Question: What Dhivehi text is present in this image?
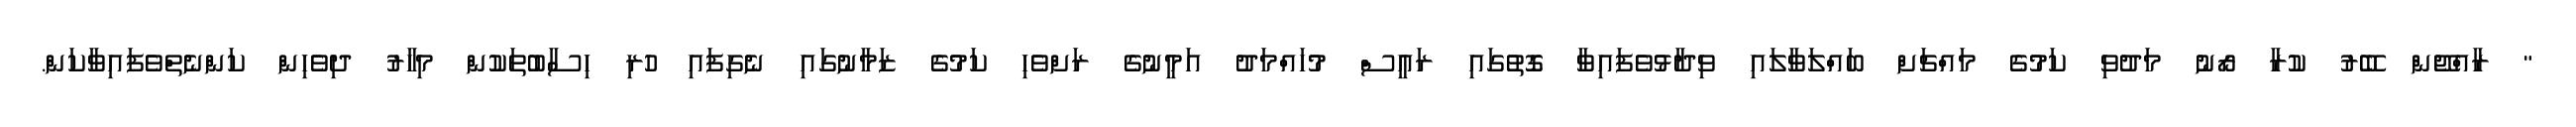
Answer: " ރާއްޖޭން ބޭރު ކުރާ ރޯނު މަދުވި ކަމުގެ މައްޗަށް ބައްލަވާލައި ވިދާޅުވެފައިވާ ގޮތުގައި ރައީސް މުހައްމަދު އަމީނުގެ ރަށްވެހި ކަމުގެ ޒަމާނުގައި ނެގިފައި ހުރި ހިސާބުތަކުން މިހާރު ދިވެހިން ކަންނެތްވެފައިވާކަން.